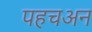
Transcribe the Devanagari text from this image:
पहचअन